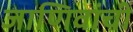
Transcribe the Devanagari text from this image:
जाणिवांची